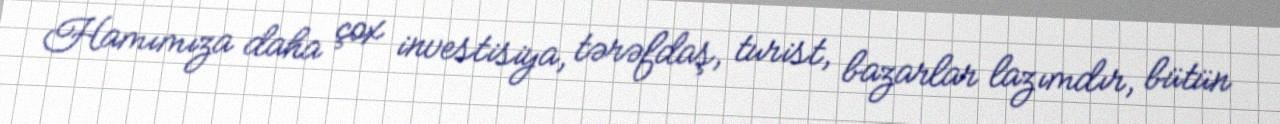
Hamımıza daha çox investisiya, tərəfdaş, turist, bazarlar lazımdır, bütün